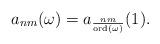
LaTeX: \begin{align*}a_{nm}(\omega) =a_{\frac{nm}{\mathrm{ord}(\omega)}}(1).\end{align*}